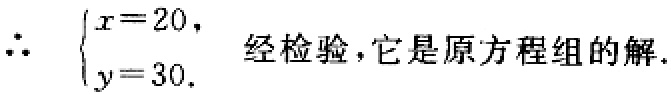
\(\therefore \begin{cases} x = 20, \\ y = 30. \end{cases}\) 经检验，它是原方程组的解.